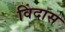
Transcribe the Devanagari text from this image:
विंदास